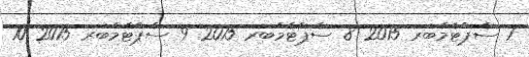
7 ސެޕްޓެމްބަރ 2015 8 ސެޕްޓެމްބަރ 2015 9 ސެޕްޓެމްބަރ 2015 10